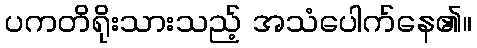
ပကတိရိုးသားသည့် အသံပေါက်နေ၏။